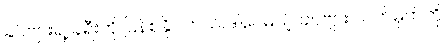
ခင်ဗျားရဲ့ ခရီးကို ပြန်စနိုင်တယ်။ဒါပေမယ့် ခင်ဗျား လက်မှတ်ကို